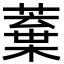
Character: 𮑒